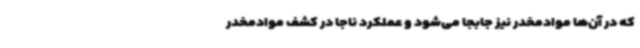
که در آن‌ها موادمخدر نیز جابجا می‌شود و عملکرد ناجا در کشف موادمخدر